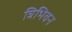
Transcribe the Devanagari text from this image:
त्रिभिवन